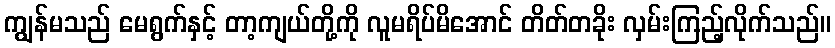
ကျွန်မသည် မေရွက်နှင့် တာ့ကျယ်တို့ကို လူမရိပ်မိအောင် တိတ်တခိုး လှမ်းကြည့်လိုက်သည်။